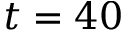
t = 4 0